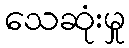
သေဆုံးမှု